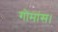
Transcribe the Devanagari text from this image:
गोमांस।